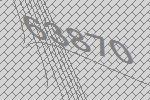
63870